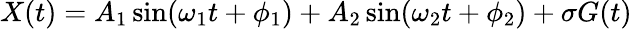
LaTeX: X(t)=A_{1}\sin(\omega_{1}t+\phi_{1})+A_{2}\sin(\omega_{2}t+\phi_{2})+\sigma G(t)